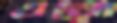
এয়ো